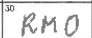
Transcription: RMO